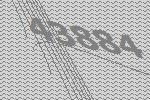
43884